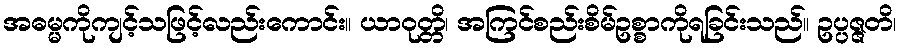
အဓမ္မကိုကျင့်သဖြင့်လည်းကောင်း။ ယာဝုတ္တိ၊ အကြင်စည်းစိမ်ဥစ္စာကိုရခြင်းသည်။ ဥပ္ပဇ္ဇတိ၊